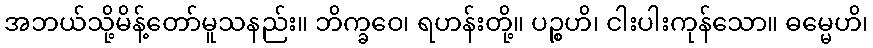
အဘယ်သို့မိန့်တော်မူသနည်း။ ဘိက္ခဝေ၊ ရဟန်းတို့။ ပဉ္စဟိ၊ ငါးပါးကုန်သော။ ဓမ္မေဟိ၊